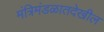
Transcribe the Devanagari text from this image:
मंत्रिमंडळातदेखील